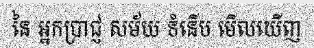
នៃ អ្នកប្រាជ្ញ សម័យ ទំនើប មើលឃើញ